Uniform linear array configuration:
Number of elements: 16
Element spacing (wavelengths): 0.5
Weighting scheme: exponential
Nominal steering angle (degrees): -60
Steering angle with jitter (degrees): -59.915
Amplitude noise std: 0.05
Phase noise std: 0.05

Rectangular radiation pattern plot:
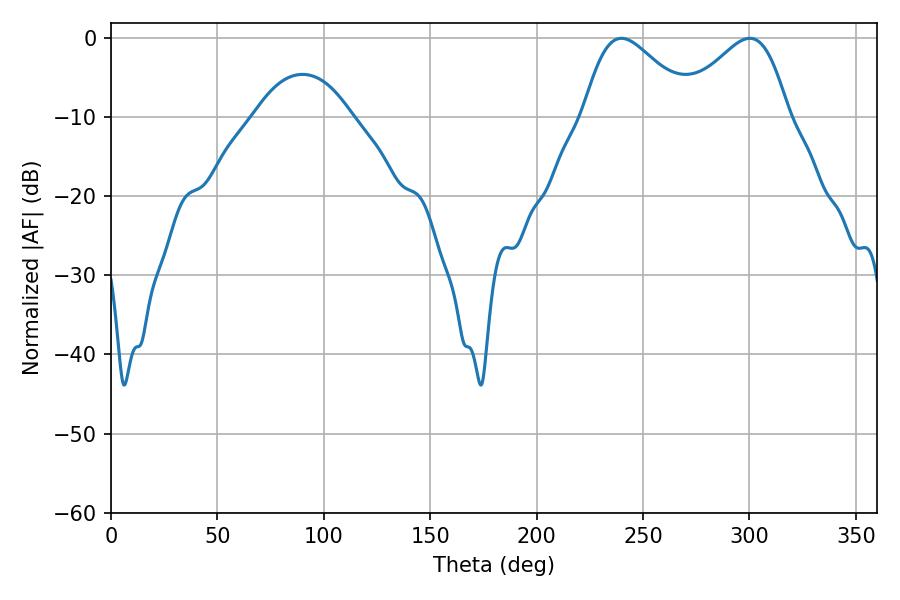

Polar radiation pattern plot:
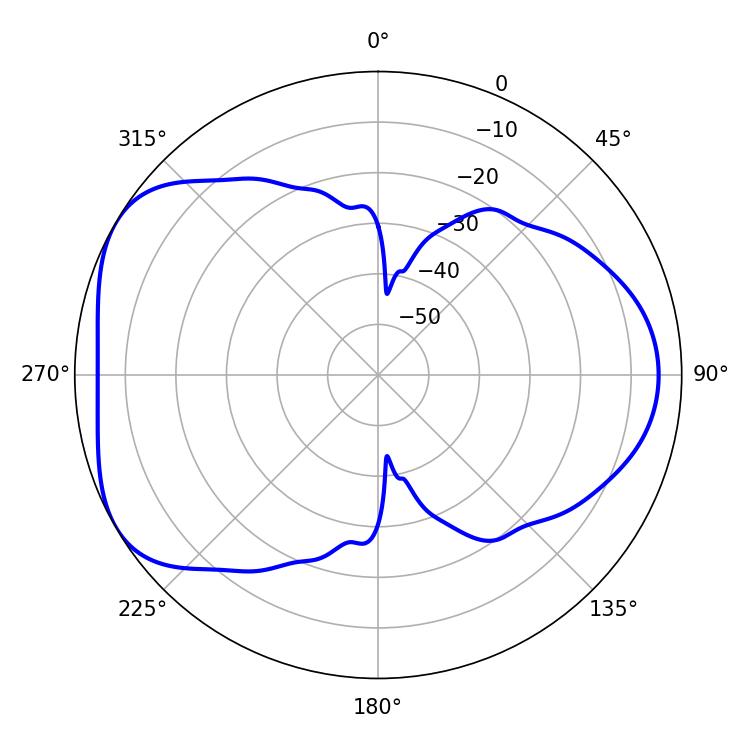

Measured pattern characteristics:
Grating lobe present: FALSE
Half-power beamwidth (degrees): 27.18
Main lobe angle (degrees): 239.76